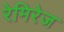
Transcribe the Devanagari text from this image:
रेमिरेज